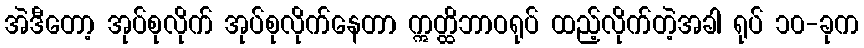
အဲဒီတော့ အုပ်စုလိုက် အုပ်စုလိုက်နေတာ ဣတ္ထိဘာဝရုပ် ထည့်လိုက်တဲ့အခါ ရုပ် ၁၀-ခုက